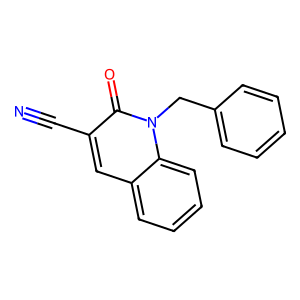
SMILES: N#Cc1cc2ccccc2n(Cc2ccccc2)c1=O
Inhibits HIV replication: No